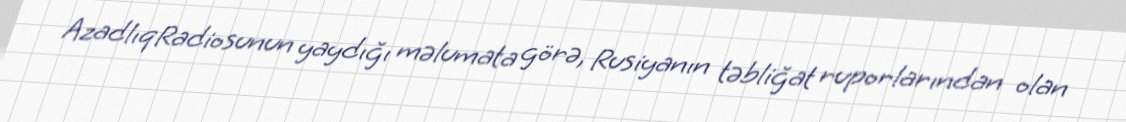
AzadlıqRadiosunun yaydığı məlumata görə, Rusiyanın təbliğat ruporlarından olan